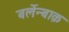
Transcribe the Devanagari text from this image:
बर्लेन्बाक़